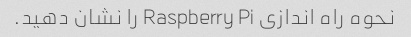
نحوه راه اندازی Raspberry Pi را نشان دهید.